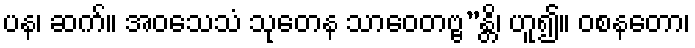
ပန၊ ဆက်။ အဝသေသံ သုတေန သာဝေတဗ္ဗ”န္တိ၊ ဟူ၍။ ဝစနတော၊